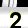
Digit: 2